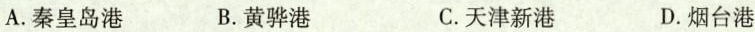
A.秦皇岛港 B.黄骅港 C.天津新港 D.烟台港